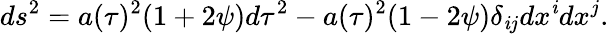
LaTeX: ds^{2}=a(\tau)^{2}(1+2\psi)d\tau^{2}-a(\tau)^{2}(1-2\psi)\delta_{\mathit{i}j}dx^{\mathit{i}}dx^{j}.